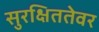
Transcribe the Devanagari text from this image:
सुरक्षिततेवर